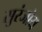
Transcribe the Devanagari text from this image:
सुरंजोय